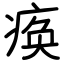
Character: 痪